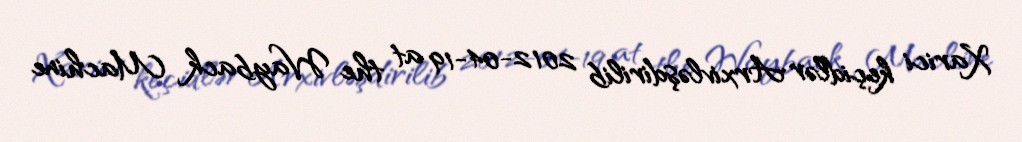
Xarici keçidlər Arxivləşdirilib 2012-04-19 at the Wayback Machine